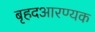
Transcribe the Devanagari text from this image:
बृहदआरण्यक